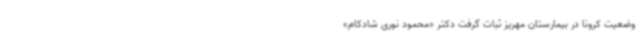
وضعیت کرونا در بیمارستان مهریز ثبات گرفت دکتر «محمود نوری شادکام»